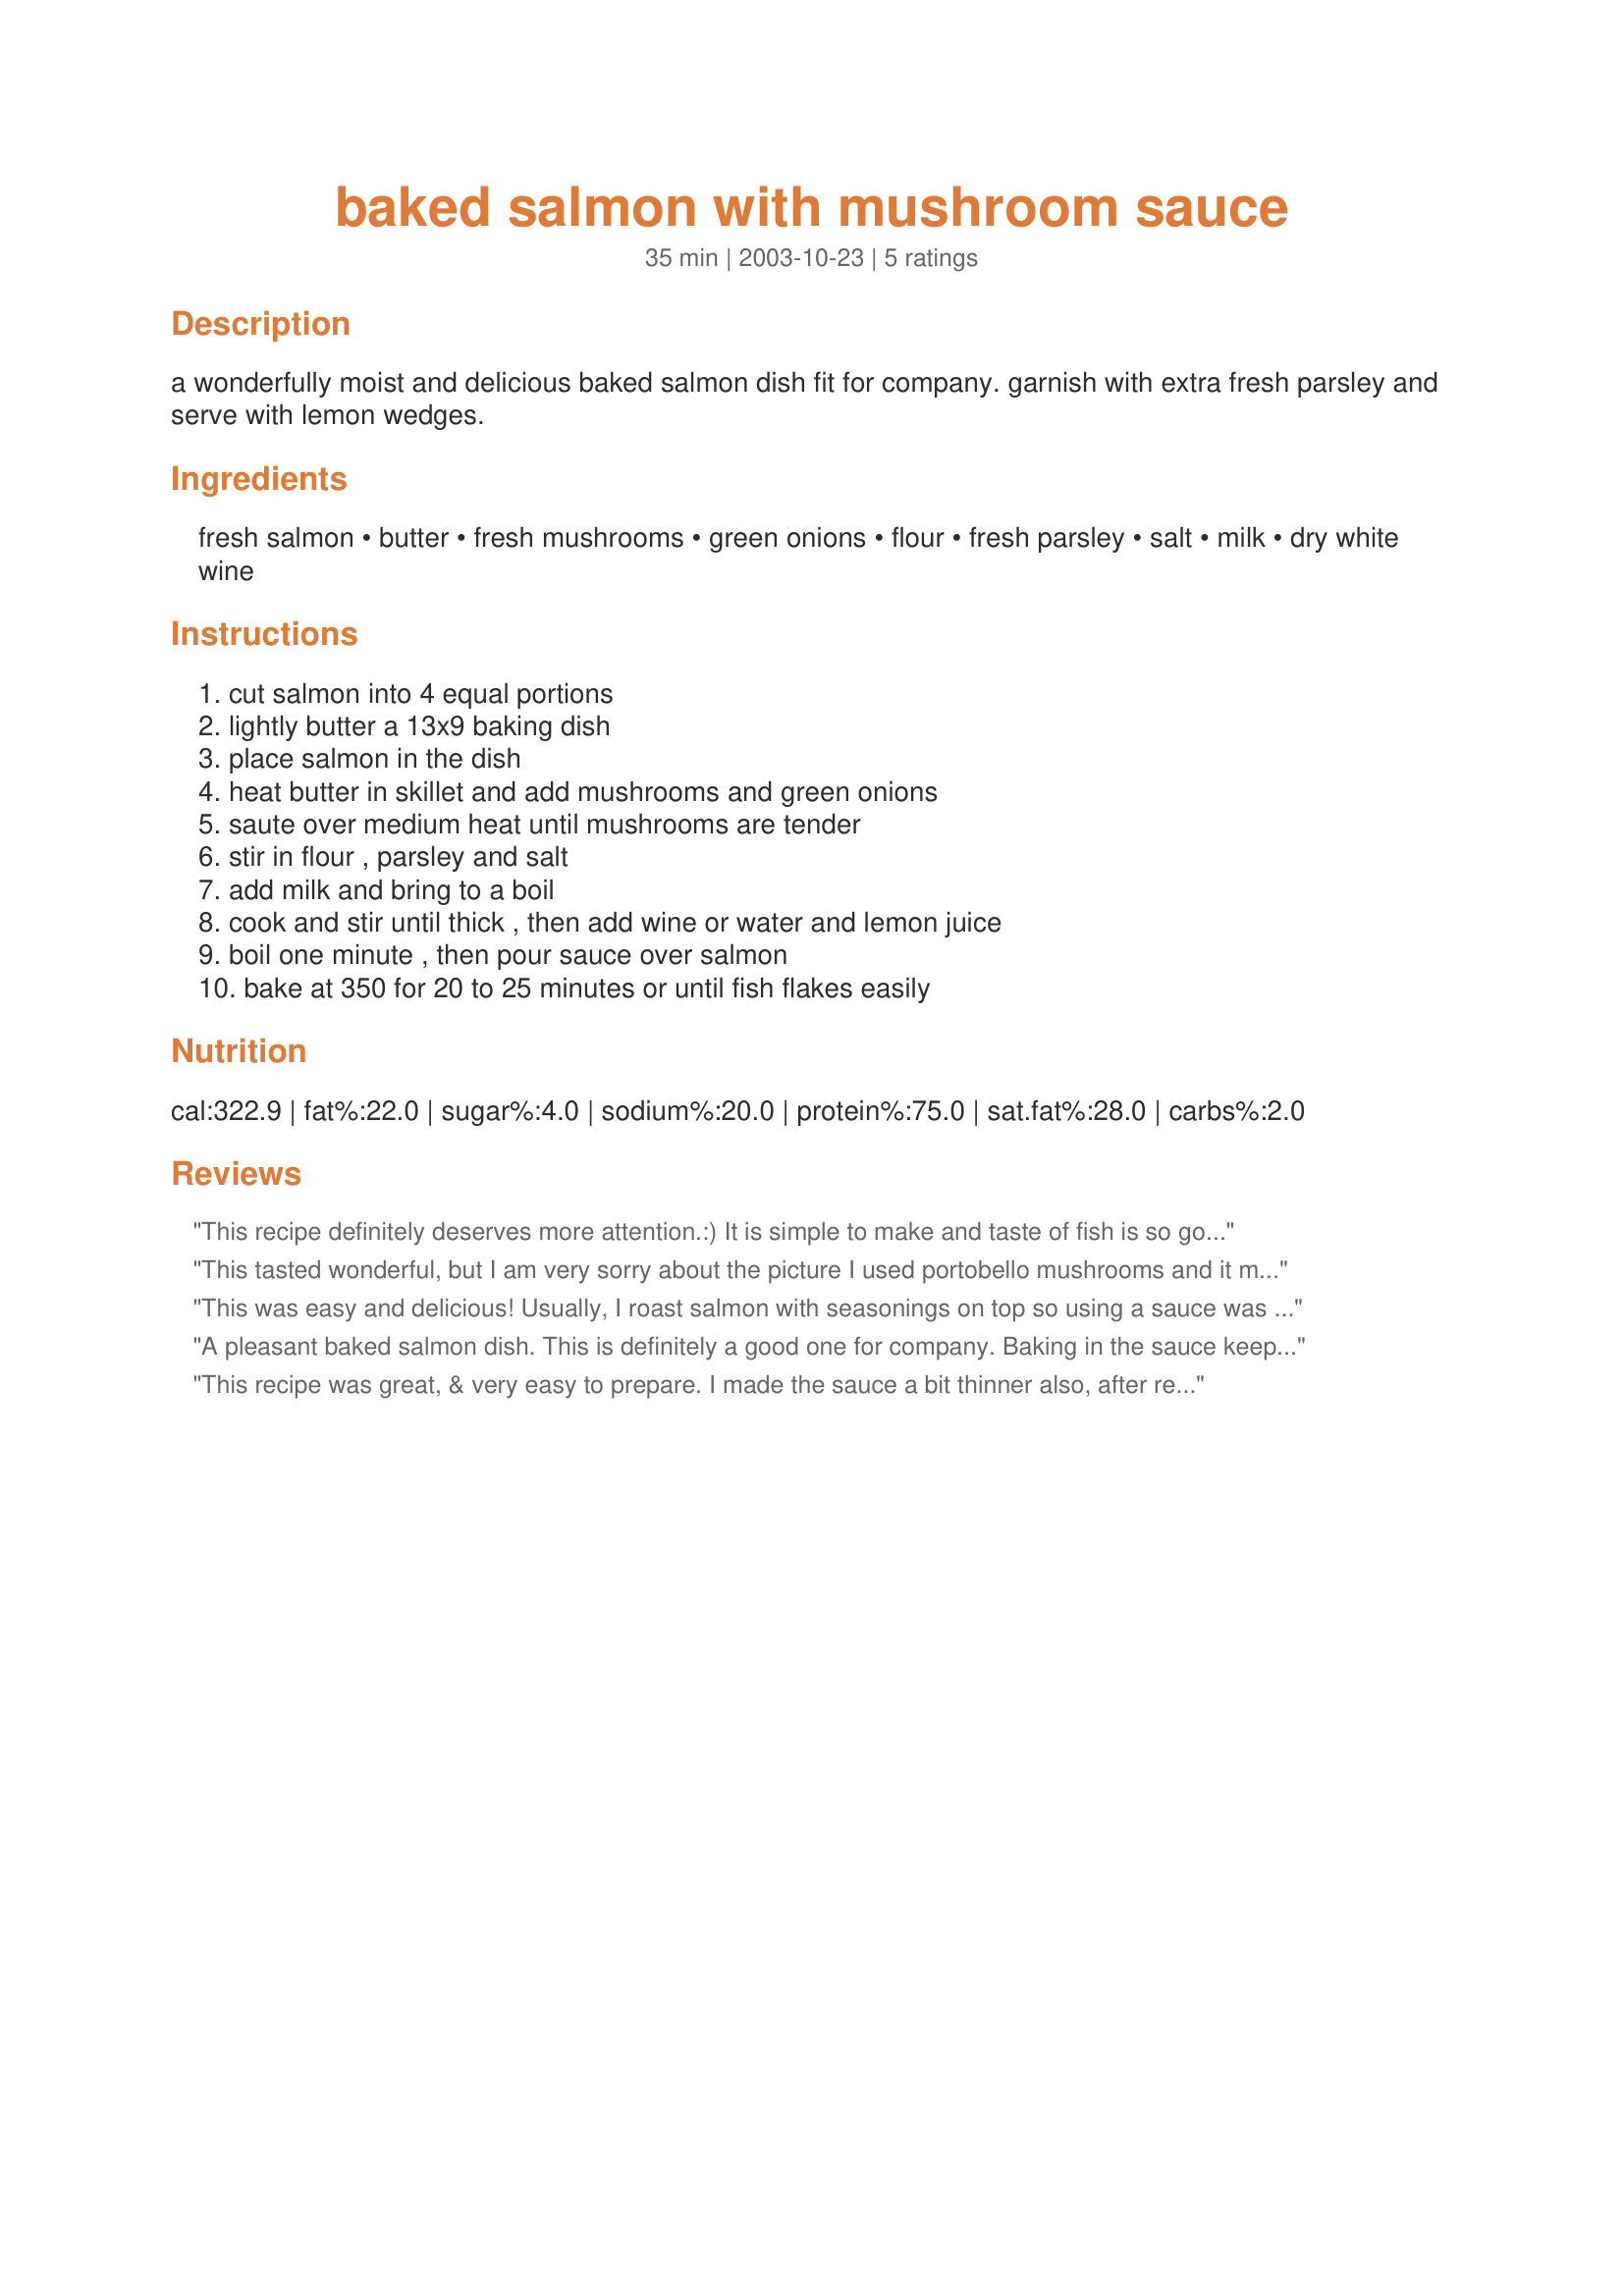
baked salmon with mushroom sauce
Preparation time: 35 minutes

a wonderfully moist and delicious baked salmon dish fit for company. garnish with extra fresh parsley and serve with lemon wedges.

Ingredients:
fresh salmon, butter, fresh mushrooms, green onions, flour, fresh parsley, salt, milk, dry white wine

Steps:
cut salmon into 4 equal portions, lightly butter a 13x9 baking dish, place salmon in the dish, heat butter in skillet and add mushrooms and green onions, saute over medium heat until mushrooms are tender, stir in flour , parsley and salt, add milk and bring to a boil, cook and stir until thick , then add wine or water and lemon juice, boil one minute , then pour sauce over salmon, bake at 350 for 20 to 25 minutes or until fish flakes easily

Reviews:
This recipe definitely deserves more attention.:)
It is simple to make and taste of fish is so good.
Although it is not perfect. The sauce was delicious but way too thick. Next time I will add more milk or reduce the quantity of flour.
Anyway, thank you for sharing! I will keep this recipe in my cookbook :)
This tasted wonderful, but I am very sorry about the picture I used portobello mushrooms and it made the sauce very dark so sorry but I can't fault the recipe or the taste, but I wish I had used some lighter mushrooms. If you would like to remove the photo that would be ok with me. Made for Honor thy Mother the diabetic forum May 2011.
This was easy and delicious! Usually, I roast salmon with seasonings on top so using a sauce was a big change for me. Although I normally modify recipes, I followed this pretty closely (except for using onions instead of scallions and maybe a tad more wine...) and it came out beautifully. It is actually company-worthy too.
A pleasant baked salmon dish. This is definitely a good one for company. Baking in the sauce keeps the fish moist, with some flexibility in keep warm time.

The standard bechamel proportions would include a cup of milk for this much flour and butter, which makes a much nicer texture sauce. I also baked the fish covered, so not so much moisture is lost.

I'd be hesitant about substituting lemon juice for wine, since the lemon is so much more acidic. Perhaps a clear fish broth with a touch of unsweetened white grape juice, if you're avoiding alcohol.
This recipe was great, & very easy to prepare. I made the sauce a bit thinner also, after reading the first review. My husband claims he isn't fond of salmon, but he loved this recipe. It's company-worthy.
